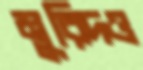
মুরিদও